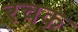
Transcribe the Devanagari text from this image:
रचक